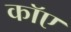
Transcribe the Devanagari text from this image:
काॅए